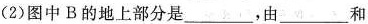
(2)图中B的地上部分是___，由___和